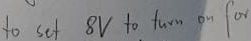
Text: to set 8V to turn on for